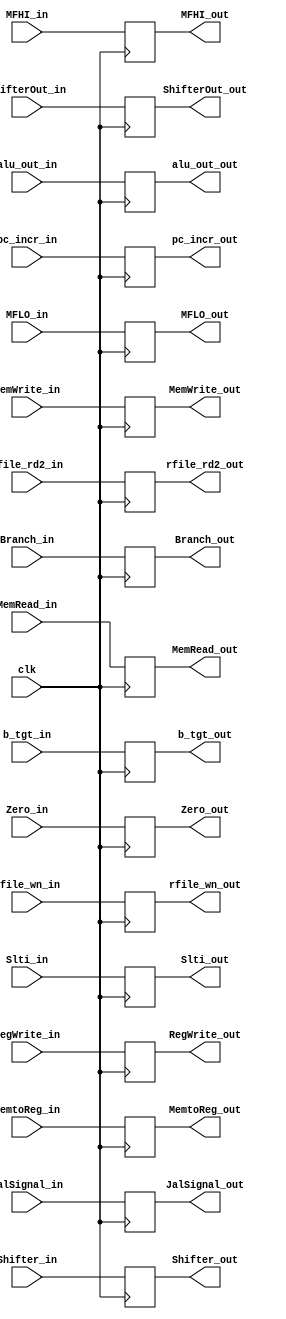
module EX_MEM( clk, MemRead_out, MemRead_in, MemWrite_out, MemWrite_in, Branch_out, Branch_in, JalSignal_out, JalSignal_in, RegWrite_out, 
				RegWrite_in, MemtoReg_out, MemtoReg_in, Slti_out, Slti_in, Zero_out, Zero_in, b_tgt_out, b_tgt_in, alu_out_out, alu_out_in,
				rfile_rd2_out,rfile_rd2_in, rfile_wn_out, rfile_wn_in, pc_incr_in, pc_incr_out, Shifter_out, Shifter_in, ShifterOut_out, ShifterOut_in,
				MFHI_out, MFHI_in, MFLO_out, MFLO_in );

	input clk;
	
	// M signal
	input MemRead_in, MemWrite_in, Branch_in;
	output reg MemRead_out, MemWrite_out, Branch_out = 1'b0;
	
	// WB signal
	input RegWrite_in, MemtoReg_in, Slti_in, JalSignal_in, Shifter_in, MFHI_in, MFLO_in;
	output reg RegWrite_out, MemtoReg_out, Slti_out, JalSignal_out, Shifter_out, MFHI_out, MFLO_out;
	
	// data
	input Zero_in;
	output reg Zero_out = 1'b0;
	input [4:0] rfile_wn_in;
	output reg [4:0] rfile_wn_out;
	input [31:0] b_tgt_in, alu_out_in, rfile_rd2_in, pc_incr_in, ShifterOut_in;
	output reg [31:0] b_tgt_out, alu_out_out, rfile_rd2_out, pc_incr_out, ShifterOut_out;
	
	
	always @ ( posedge clk ) begin
		MemRead_out = MemRead_in;
		MemWrite_out = MemWrite_in;
		Branch_out = Branch_in;
		RegWrite_out = RegWrite_in;
		MemtoReg_out = MemtoReg_in;
		Slti_out = Slti_in;
		JalSignal_out = JalSignal_in;
		Shifter_out = Shifter_in;
		MFHI_out = MFHI_in;
		MFLO_out = MFLO_in;
		
		Zero_out = Zero_in;
		b_tgt_out = b_tgt_in;
		alu_out_out = alu_out_in;
		rfile_rd2_out = rfile_rd2_in;
		rfile_wn_out = rfile_wn_in;
		pc_incr_out = pc_incr_in;
		ShifterOut_out = ShifterOut_in;
	end	
endmodule